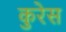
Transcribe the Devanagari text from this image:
कुरेस